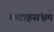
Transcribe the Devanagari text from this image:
कटाहसंभ्रम